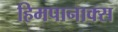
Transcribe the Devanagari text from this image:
हिमपानाक्स